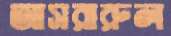
আসরারুল